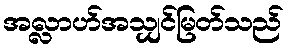
အလ္လာဟ်အသျှင်မြတ်သည်